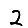
Digit: 2